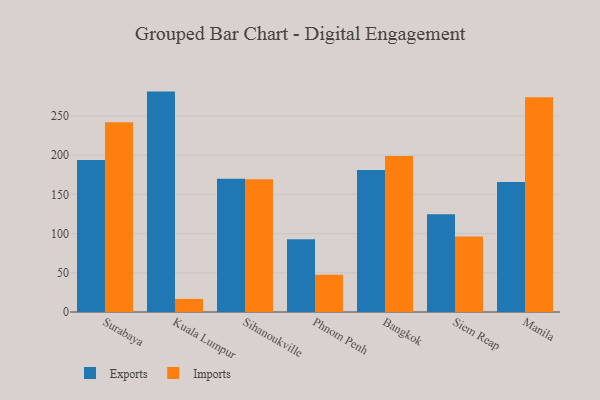
{"axis": {"x": "City", "y": "Revenue (USD Million)"}, "legend": ["Exports", "Imports"], "data": [{"x": "Surabaya", "y": 193.8, "type": "Exports"}, {"x": "Surabaya", "y": 242.0, "type": "Imports"}, {"x": "Kuala Lumpur", "y": 281.1, "type": "Exports"}, {"x": "Kuala Lumpur", "y": 16.7, "type": "Imports"}, {"x": "Sihanoukville", "y": 169.8, "type": "Exports"}, {"x": "Sihanoukville", "y": 169.3, "type": "Imports"}, {"x": "Phnom Penh", "y": 92.8, "type": "Exports"}, {"x": "Phnom Penh", "y": 47.5, "type": "Imports"}, {"x": "Bangkok", "y": 181.0, "type": "Exports"}, {"x": "Bangkok", "y": 198.9, "type": "Imports"}, {"x": "Siem Reap", "y": 124.6, "type": "Exports"}, {"x": "Siem Reap", "y": 96.4, "type": "Imports"}, {"x": "Manila", "y": 165.8, "type": "Exports"}, {"x": "Manila", "y": 273.9, "type": "Imports"}]}